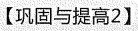
【巩固与提高2】